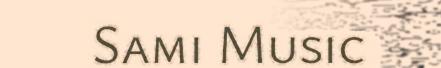
Sami Music